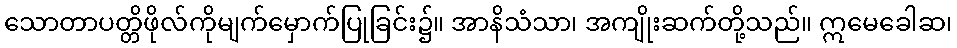
သောတာပတ္တိဖိုလ်ကိုမျက်မှောက်ပြုခြင်း၌။ အာနိသံသာ၊ အကျိုးဆက်တို့သည်။ ဣမေခေါဆ၊